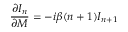
{ \frac { \partial I _ { n } } { \partial M } } = - i \beta ( n + 1 ) I _ { n + 1 }